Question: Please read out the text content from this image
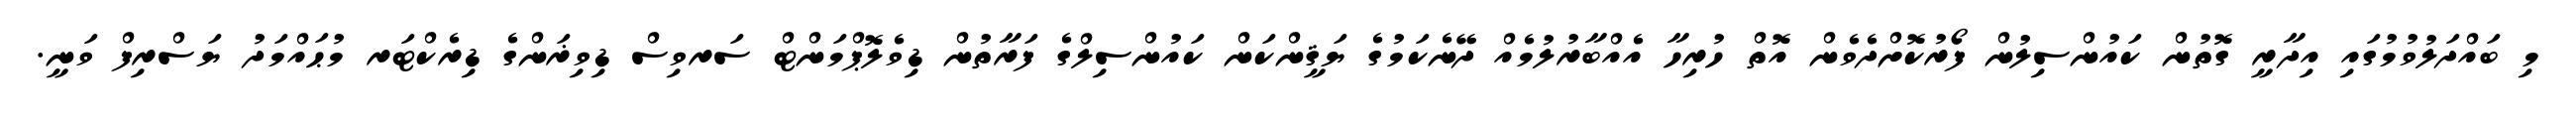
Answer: މި ބައްދަލުވުމުގައި އިދާރީ ގޮތުން ކައުންސިލުން ފޯރުކޮށްދެވެން އޮތް ހުރިހާ އެއްބާރުލުމެއް ދޭނެކަމުގެ ޔަޤީންކަން ކައުންސިލްގެ ފަރާތުން ޑިވެލޮޕްމަންޓް ސަރވިސް ޑިވިޜަންގެ ޑިރެކްޓަރ މުޙައްމަދު ޔަސްރިފް ވަނީ.